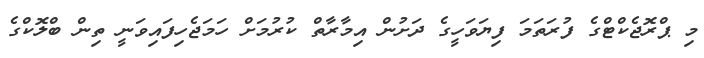
މި ޕްރޮޖެކްޓްގެ ފުރަތަމަ ފިޔަވަހީގެ ދަށުން އިމާރާތް ކުރުމަށް ހަމަޖެހިފައިވަނީ ތިން ބްލޮކްގެ